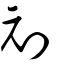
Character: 刓